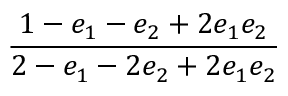
\displaystyle \frac { 1 - e _ { 1 } - e _ { 2 } + 2 e _ { 1 } e _ { 2 } } { 2 - e _ { 1 } - 2 e _ { 2 } + 2 e _ { 1 } e _ { 2 } }